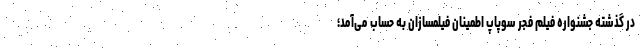
در گذشته جشنواره فیلم فجر سوپاپ اطمینان فیلمسازان به حساب می‌آمد؛